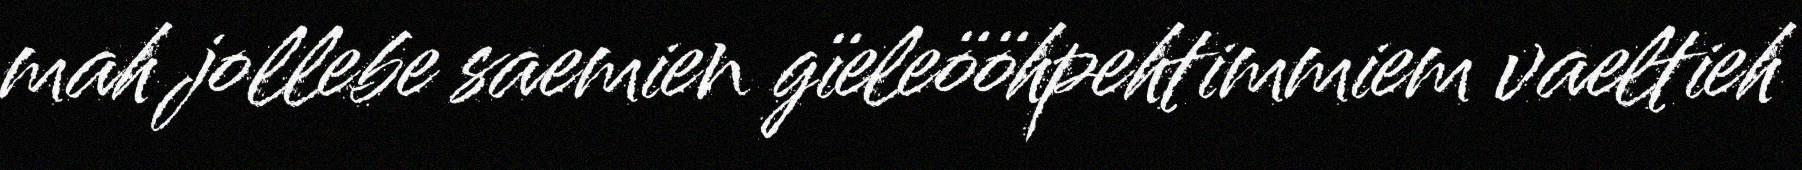
mah jollebe saemien gïeleööhpehtimmiem vaeltieh